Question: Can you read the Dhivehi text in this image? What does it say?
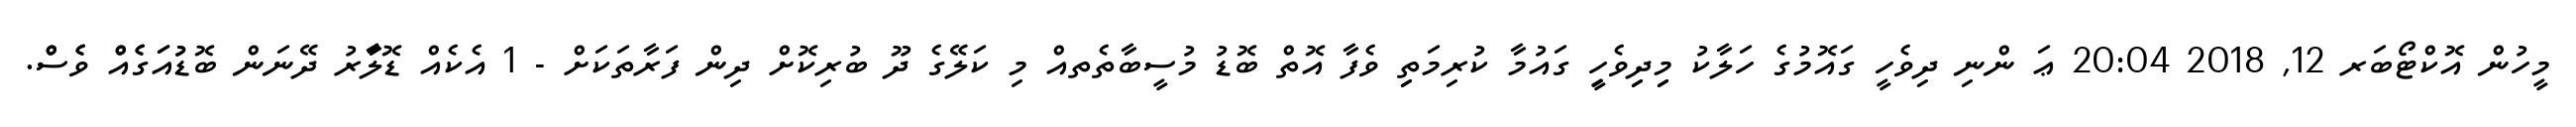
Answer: މީހުން އޮކްޓޯބަރ 12, 2018 20:04 ޢަ ންނި ދިވެހީ ގައޮމުގެ ހަލާކު މިިދިިވެހީި ގައުމާ ކުރިމަތިި ވެފާ އޮތް ބޮޑު މުސީބާތެތއް މި ކަލޭގެ ދޫ ބުރިކޮށް ދިން ފަރާތަކަށް - 1 އެކެއް ޑޮލަާރު ދޭނަން ބޮޑުުއަަގެެއްް ވެެސްް.